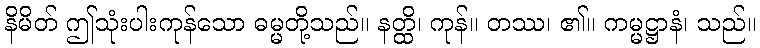
နိမိတ် ဤသုံးပါးကုန်သော ဓမ္မတို့သည်။ နတ္ထိ၊ ကုန်။ တဿ၊ ၏။ ကမ္မဋ္ဌာနံ၊ သည်။